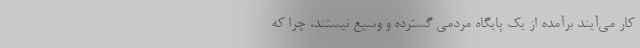
کار می‌آیند برآمده از یک پایگاه مردمی گسترده و وسیع نیستند، چرا که